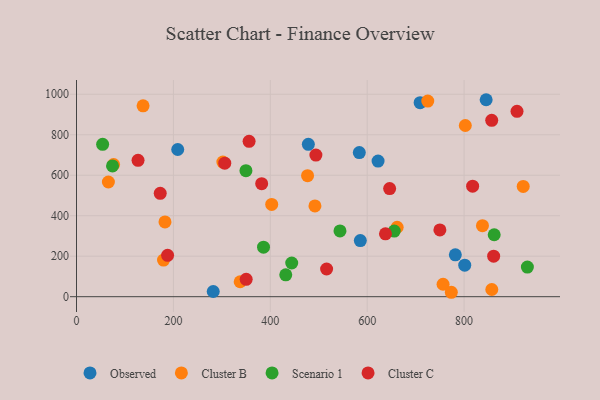
{"axis": {"x": "Price", "y": "Fuel Efficiency"}, "legend": ["Cluster B", "Cluster C", "Observed", "Scenario 1"], "data": [{"x": "478.5", "y": 752.7, "type": "Observed"}, {"x": "781.9", "y": 206.8, "type": "Observed"}, {"x": "208.9", "y": 727.1, "type": "Observed"}, {"x": "282.2", "y": 25.7, "type": "Observed"}, {"x": "709.2", "y": 958.4, "type": "Observed"}, {"x": "801.3", "y": 155.6, "type": "Observed"}, {"x": "583.7", "y": 712.2, "type": "Observed"}, {"x": "622.4", "y": 670.2, "type": "Observed"}, {"x": "585.8", "y": 277.1, "type": "Observed"}, {"x": "845.5", "y": 973.1, "type": "Observed"}, {"x": "179.6", "y": 181.0, "type": "Cluster B"}, {"x": "76.5", "y": 653.1, "type": "Cluster B"}, {"x": "302.1", "y": 665.0, "type": "Cluster B"}, {"x": "402.9", "y": 455.6, "type": "Cluster B"}, {"x": "137.4", "y": 942.8, "type": "Cluster B"}, {"x": "802.5", "y": 845.7, "type": "Cluster B"}, {"x": "725.0", "y": 966.2, "type": "Cluster B"}, {"x": "661.8", "y": 343.1, "type": "Cluster B"}, {"x": "492.1", "y": 448.4, "type": "Cluster B"}, {"x": "857.2", "y": 35.6, "type": "Cluster B"}, {"x": "182.6", "y": 369.5, "type": "Cluster B"}, {"x": "756.6", "y": 61.5, "type": "Cluster B"}, {"x": "65.8", "y": 566.6, "type": "Cluster B"}, {"x": "337.8", "y": 73.7, "type": "Cluster B"}, {"x": "837.9", "y": 351.0, "type": "Cluster B"}, {"x": "773.6", "y": 21.8, "type": "Cluster B"}, {"x": "476.9", "y": 597.8, "type": "Cluster B"}, {"x": "922.0", "y": 544.8, "type": "Cluster B"}, {"x": "386.0", "y": 244.4, "type": "Scenario 1"}, {"x": "74.3", "y": 646.1, "type": "Scenario 1"}, {"x": "53.9", "y": 752.6, "type": "Scenario 1"}, {"x": "349.7", "y": 622.4, "type": "Scenario 1"}, {"x": "655.8", "y": 324.0, "type": "Scenario 1"}, {"x": "862.1", "y": 306.0, "type": "Scenario 1"}, {"x": "431.9", "y": 108.0, "type": "Scenario 1"}, {"x": "930.6", "y": 146.5, "type": "Scenario 1"}, {"x": "444.2", "y": 166.4, "type": "Scenario 1"}, {"x": "543.8", "y": 324.7, "type": "Scenario 1"}, {"x": "516.2", "y": 136.7, "type": "Cluster C"}, {"x": "188.0", "y": 204.5, "type": "Cluster C"}, {"x": "750.0", "y": 329.6, "type": "Cluster C"}, {"x": "306.0", "y": 659.4, "type": "Cluster C"}, {"x": "817.6", "y": 545.9, "type": "Cluster C"}, {"x": "382.2", "y": 558.4, "type": "Cluster C"}, {"x": "646.3", "y": 534.2, "type": "Cluster C"}, {"x": "637.7", "y": 310.5, "type": "Cluster C"}, {"x": "356.2", "y": 767.5, "type": "Cluster C"}, {"x": "127.0", "y": 673.8, "type": "Cluster C"}, {"x": "909.2", "y": 915.6, "type": "Cluster C"}, {"x": "172.8", "y": 510.6, "type": "Cluster C"}, {"x": "861.0", "y": 200.4, "type": "Cluster C"}, {"x": "494.1", "y": 699.5, "type": "Cluster C"}, {"x": "857.0", "y": 871.2, "type": "Cluster C"}, {"x": "350.2", "y": 85.9, "type": "Cluster C"}]}